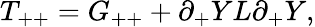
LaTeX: T_{++}=G_{++}+\partial_{+}YL\partial_{+}Y,